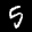
Label: 5